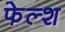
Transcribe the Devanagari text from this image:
फेल्श